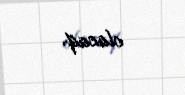
olacaq.